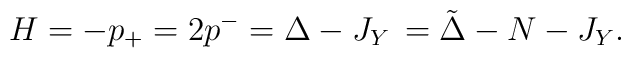
H = -p_+ = 2p^- = \Delta - J_Y \, = {\tilde\Delta} - N - J_Y.